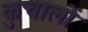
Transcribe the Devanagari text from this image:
कुचालों